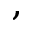
,